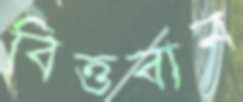
বিত্তবান